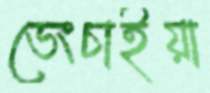
ভেংচাইয়া